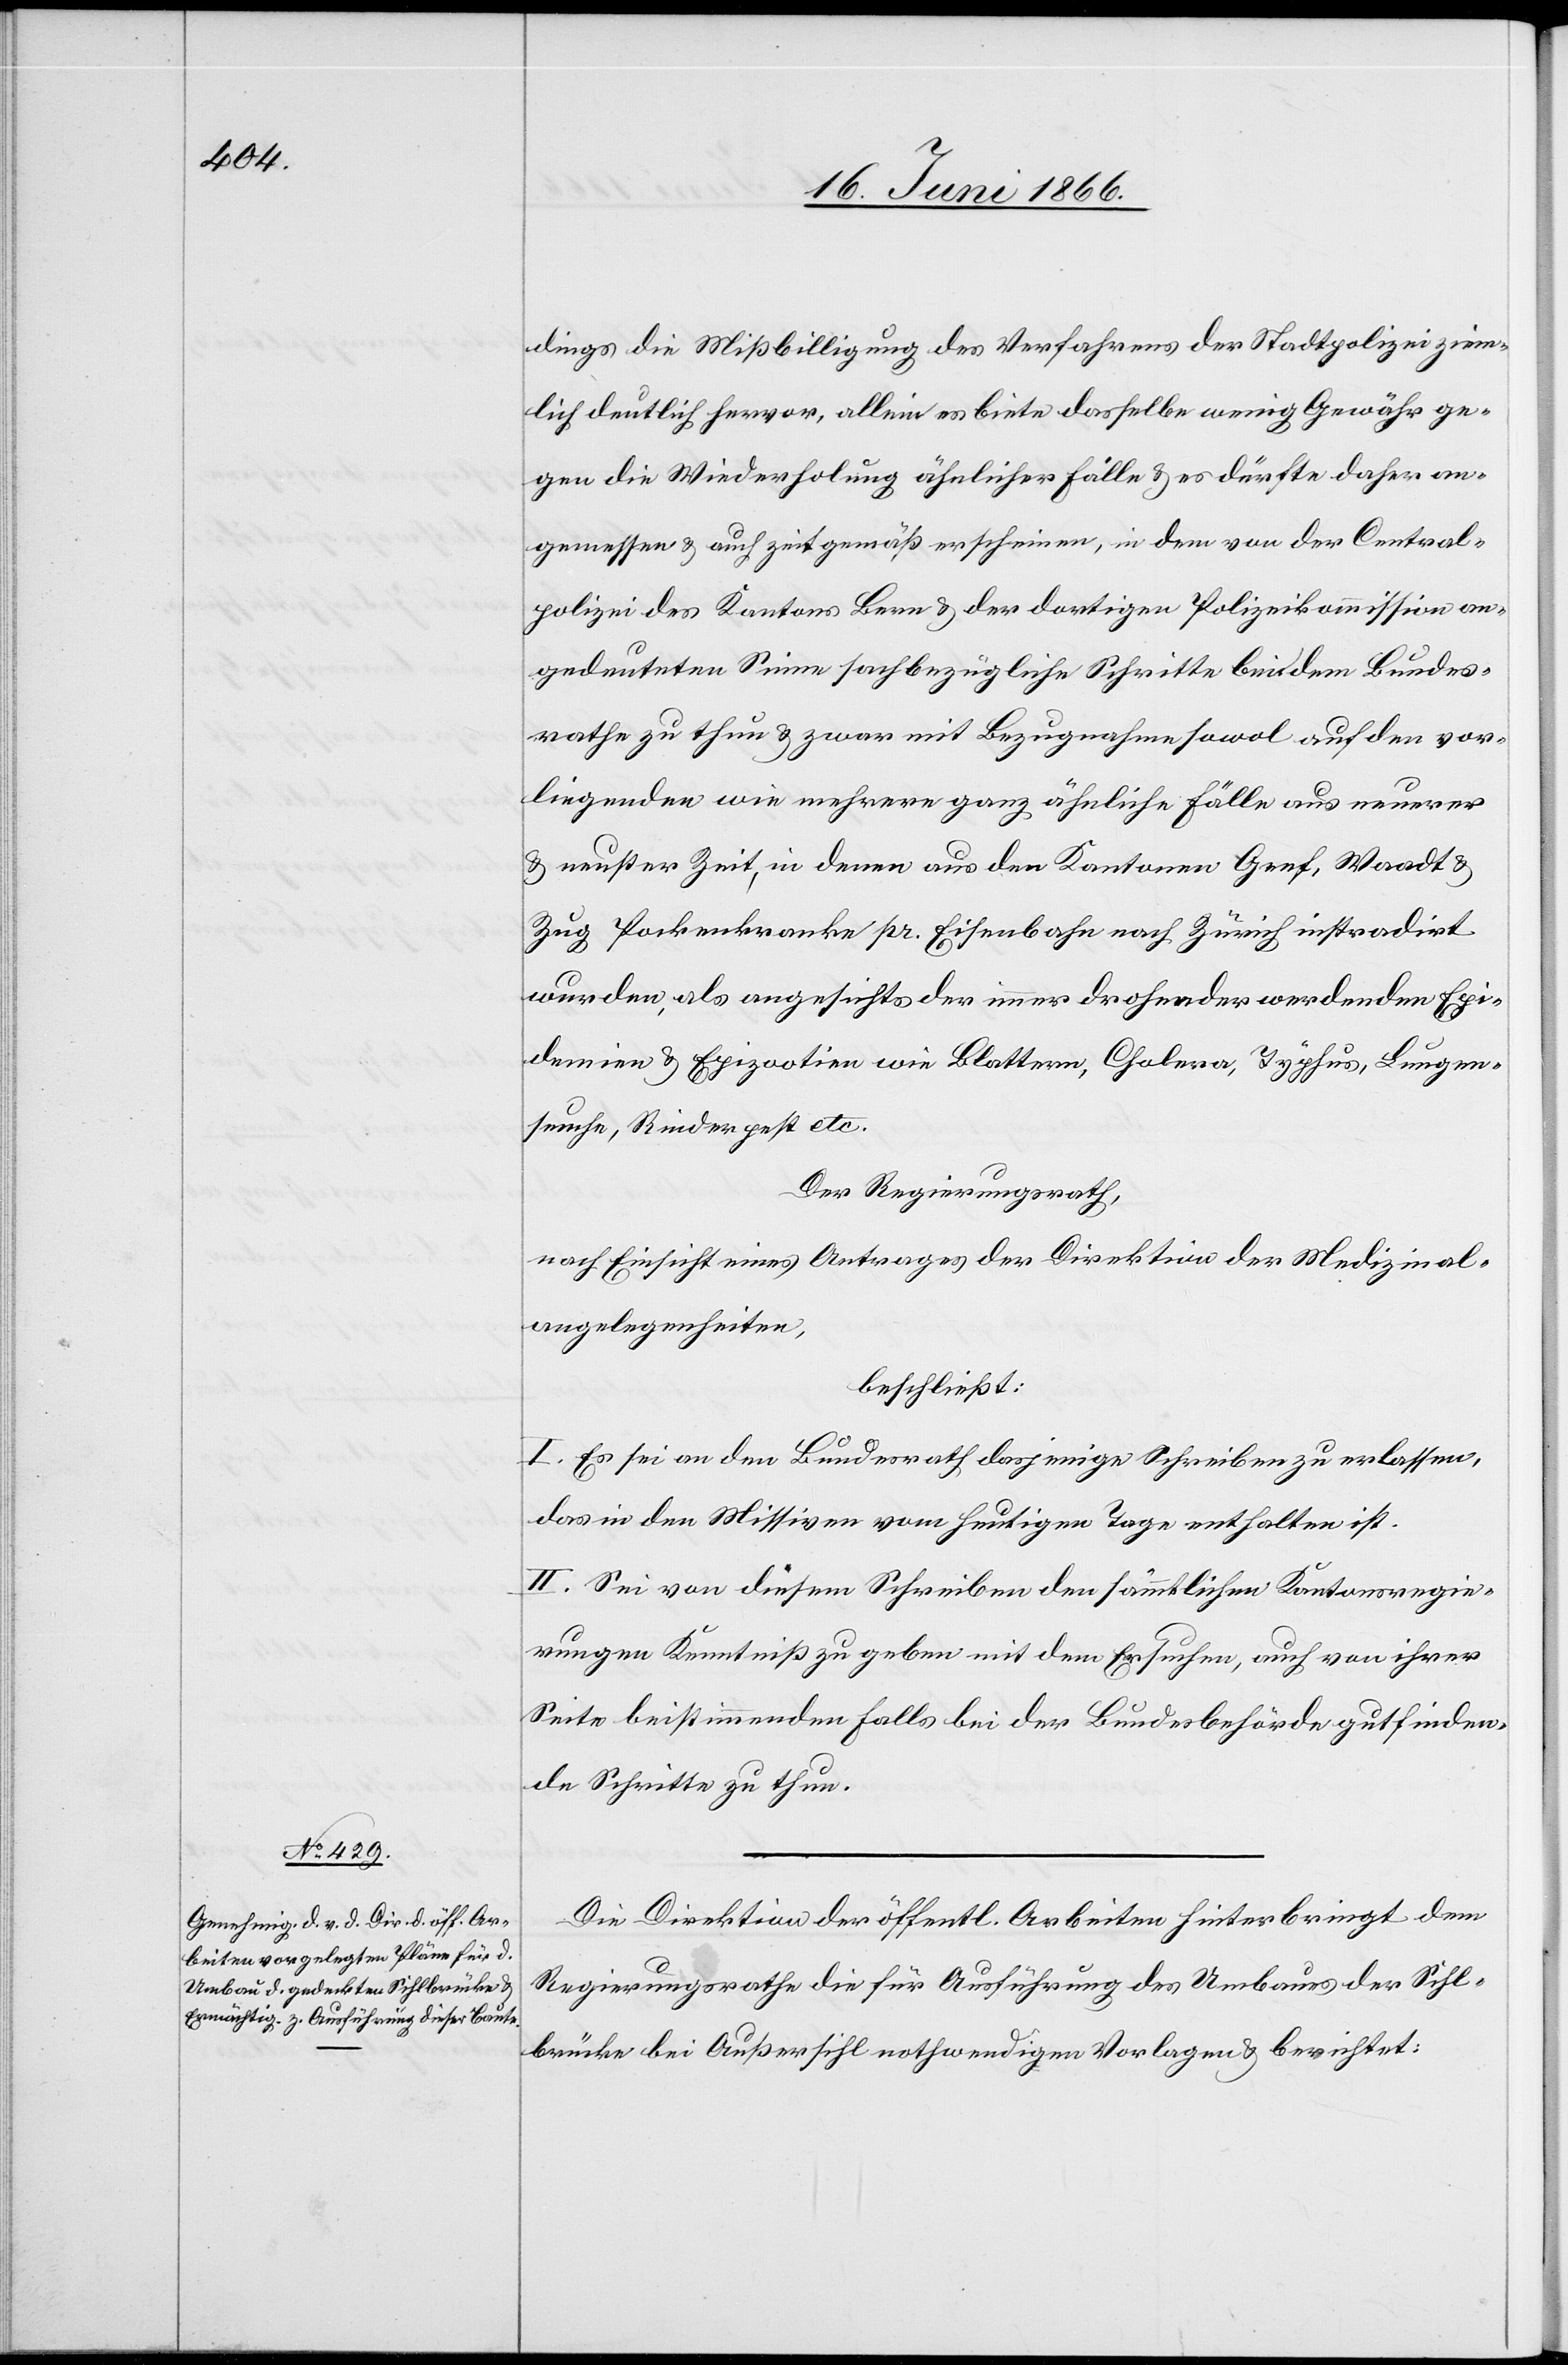
dings, die Mißbilligung des Verfahrens der Stadtpolizei ziem¬
lich deutlich hervor, allein es biete dasselbe wenig Gewähr ge¬
gen die Wiederholung ähnlicher Fälle u. es dürfte daher an¬
gemessen u. auch zeitgemäß erscheinen, in dem von der Central¬
polizei des Kantons Bern u. der dortigen Polizeikommission an¬
gedeuteten Sinne sachbezügliche Schritte bei dem Bundes¬
rathe zu thun u. zwar mit Bezugnahme sowol auf den vor¬
liegenden wie mehrere ganz ähnliche Fälle aus neuerer
u. neuster Zeit, in denen aus den Kantonen Genf, Waadt u.
Zug Pockenkranke pr. Eisenbahn nach Zürich instradirt
wurden, als angesichts der immer drohender werdenden Epi¬
demien u. Epizootien wie Blattern, Cholera, Typhus, Lungen¬
seuche, Rinderpest etc.
Der Regierungsrath,
nach Einsicht eines Antrages der Direktion der Medizinal¬
angelegenheiten,
beschließt:
I. Es sei an den Bundesrath dasjenige Schreiben zu erlassen,
das in den Missiven vom heutigen Tage enthalten ist.
II. Sei von diesem Schreiben den sämmtlichen Kantonsregie¬
rungen Kenntniß zu geben mit dem Ersuchen, auch von ihrer
Seite beistimmenden Falls bei der Bundesbehörde gutfinden¬
de Schritte zu thun.
Die Direktion der öffentl. Arbeiten hinterbringt dem
Regierungsrathe die für Ausführung des Umbaues der Sihl¬
brücke bei Außersihl nothwendigen Vorlagen u. berichtet: